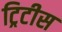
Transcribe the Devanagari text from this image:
ट्रिटीस